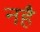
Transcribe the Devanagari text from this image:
नहै